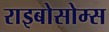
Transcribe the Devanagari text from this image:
राइबोसोम्स